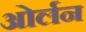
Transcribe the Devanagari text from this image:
ओर्लन